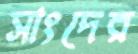
সাংদের